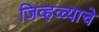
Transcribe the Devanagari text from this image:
जिव्हळ्याचे